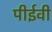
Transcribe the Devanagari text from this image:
पीईवी